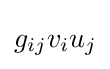
g_{ij}v_{i}u_{j}